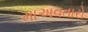
માઅવતારો